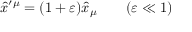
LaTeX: \hat { x } ^ { \prime \mu } = ( 1 + \varepsilon ) \hat { x } _ { \mu } \qquad ( \varepsilon \ll 1 )